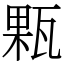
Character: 㼫